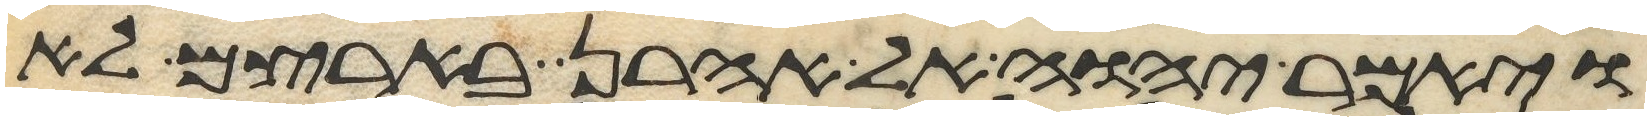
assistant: ויאמר יהוה אל אהרן בארצם לא